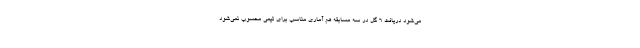
می‌شود دریافت 6 گل در سه مسابقه هم آماری مناسب برای تیمی محسوب نمی‌شود